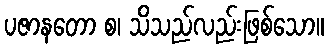
ပဇာနတော စ၊ သိသည်လည်းဖြစ်သော။